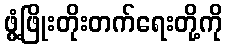
ဖွံ့ဖြိုးတိုးတက်ရေးတို့ကို